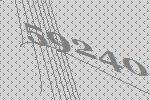
59240